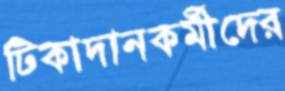
টিকাদানকর্মীদের